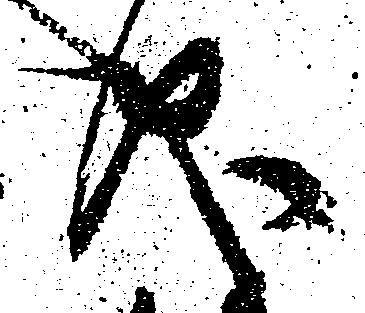
儀